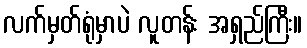
လက်မှတ်ရုံမှာပဲ လူတန်း အရှည်ကြီး။